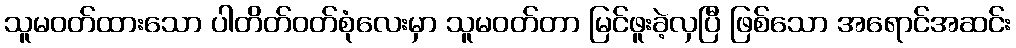
သူမဝတ်ထားသော ပါတိတ်ဝတ်စုံလေးမှာ သူမဝတ်တာ မြင်ဖူးခဲ့လှပြီ ဖြစ်သော အရောင်အဆင်း